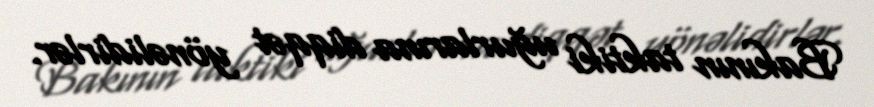
Bakının taktiki uğurlarına diqqət yönəlidirlər.